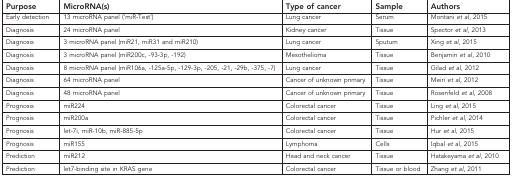
| Purpose | MicroRNA(s) | Type of cancer | Sample | Authors |
 | --- | --- | --- | --- | --- |
 | Early detection | 13 microRNA panel (‘miR-Test') | Lung cancer | Serum | Montani et al, 2015 |
 | Diagnosis | 24 microRNA panel | Kidney cancer | Tissue | Spector et al, 2013 |
 | Diagnosis | 3 microRNA panel (miR21, miR31 and miR210) | Lung cancer | Sputum | Xing et al, 2015 |
 | Diagnosis | 3 microRNA panel (miR200c, -93-3p, -192) | Mesothelioma | Tissue | Benjamin et al, 2010 |
 | Diagnosis | 8 microRNA panel (miR106a, -125a-5p, -129-3p, -205, -21, -29b, -375, -7) | Lung cancer | Tissue | Gilad et al, 2012 |
 | Diagnosis | 64 microRNA panel | Cancer of unknown primary | Tissue | Meiri et al, 2012 |
 | Diagnosis | 48 microRNA panel | Cancer of unknown primary | Tissue | Rosenfeld et al, 2008 |
 | Prognosis | miR224 | Colorectal cancer | Tissue | Ling et al, 2015 |
 | Prognosis | miR200a | Colorectal cancer | Tissue | Pichler et al, 2014 |
 | Prognosis | let-7i, miR-10b, miR-885-5p | Colorectal cancer | Tissue | Hur et al, 2015 |
 | Prognosis | miR155 | Lymphoma | Cells | Iqbal et al, 2015 |
 | Prediction | miR212 | Head and neck cancer | Tissue | Hatakeyama et al, 2010 |
 | Prediction | let7-binding site in KRAS gene | Colorectal cancer | Tissue or blood | Zhang et al, 2011 |